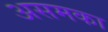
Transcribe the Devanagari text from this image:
असमका